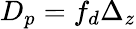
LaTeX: D_{p}=f_{d}\Delta_{z}